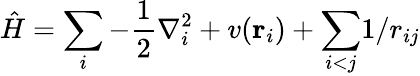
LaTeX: \hat{H}=\sum_{i}-\frac{1}{2}\nabla_{i}^{2}+v({\mathbf{r}_{i})+\sum_{i<j}}1/r_{ij}